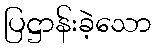
ပြဋ္ဌာန်းခဲ့သော